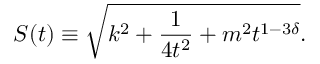
S ( t ) \equiv \sqrt { k ^ { 2 } + \frac { 1 } { 4 t ^ { 2 } } + m ^ { 2 } t ^ { 1 - 3 \delta } } .